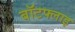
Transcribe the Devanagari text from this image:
बॉटफ्लाइ